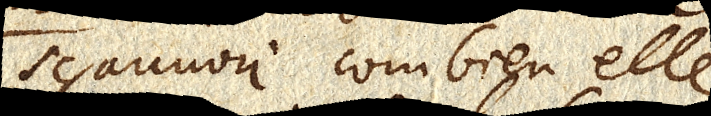
qui Sçauuoir combien elle